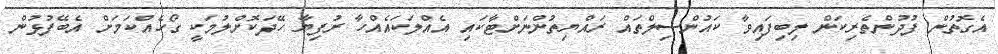
އެގޮތުން ފުދުންތެރިކަން ލިބިފައިވާ ކައުންސިލްތަައް ރައްޔިތުންނަށްޓާކައި އެއްލަކައެއްހާ ރުފިޔާ ހޭދަކޮށްލުމަކީ ގޯހެއްކަމަށް އެބޭފުޅުން